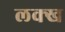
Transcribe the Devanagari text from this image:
लक्ख